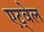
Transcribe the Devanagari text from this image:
एट्वेल